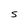
Character: S